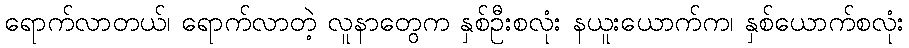
ရောက်လာတယ်၊ ရောက်လာတဲ့ လူနာတွေက နှစ်ဦးစလုံး နယူးယောက်က၊ နှစ်ယောက်စလုံး